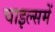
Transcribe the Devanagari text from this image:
चाइल्समें